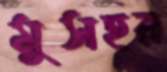
মুসহর